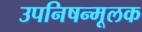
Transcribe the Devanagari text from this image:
उपनिषन्मूलक